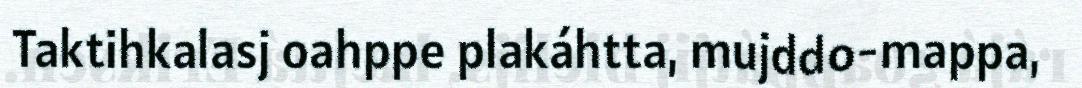
Taktihkalasj oahppe plakáhtta, mujddo-mappa,